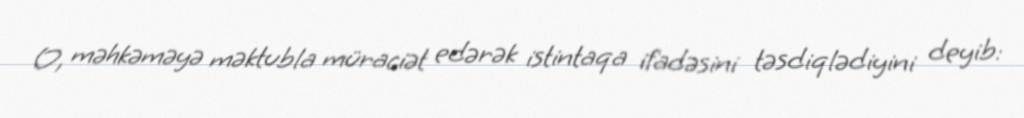
O, məhkəməyə məktubla müraciət edərək istintaqa ifadəsini təsdiqlədiyini deyib: